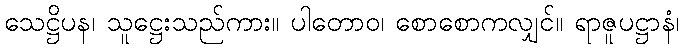
သေဋ္ဌိပန၊ သူဋ္ဌေးသည်ကား။ ပါတောဝ၊ စောစောကလျှင်။ ရာဇူပဋ္ဌာနံ၊